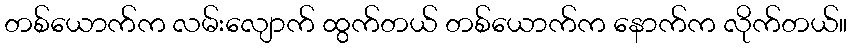
တစ်ယောက်က လမ်းလျောက် ထွက်တယ် တစ်ယောက်က နောက်က လိုက်တယ်။